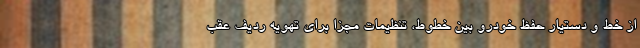
از خط و دستیار حفظ خودرو بین خطوط، تنظیمات مجزا برای تهویه ردیف عقب